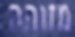
מזוהה